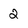
Character: 2